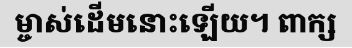
ម្ចាស់ដើមនោះឡើយ។ ពាក្ស